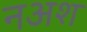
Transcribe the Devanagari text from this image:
नअश